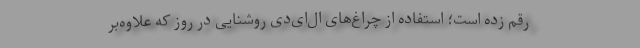
رقم زده است؛ استفاده از چراغ‌های ال‌ای‌دی روشنایی در روز که علاوه‌بر